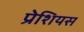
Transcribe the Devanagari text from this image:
प्रेशियस